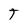
Character: T